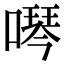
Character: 噖